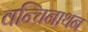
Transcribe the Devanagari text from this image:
वन्चिनाथन